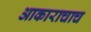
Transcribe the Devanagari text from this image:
आकाराचाच